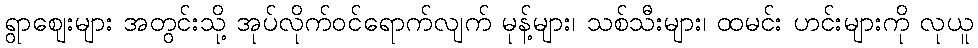
ရွာဈေးများ အတွင်းသို့ အုပ်လိုက်ဝင်ရောက်လျက် မုန့်များ၊ သစ်သီးများ၊ ထမင်း ဟင်းများကို လုယူ